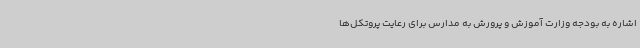
اشاره به بودجه وزارت آموزش و پرورش به مدارس برای رعایت پروتکل‌ها